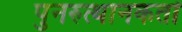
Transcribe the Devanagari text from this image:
पुनरुत्थानकर्ता